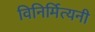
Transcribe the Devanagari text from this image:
विनिर्मित्यनी